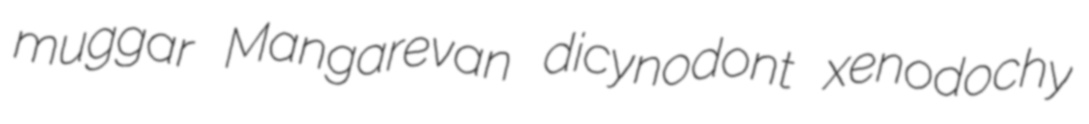
muggar Mangarevan dicynodont xenodochy